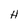
Character: H